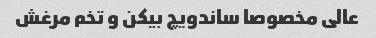
عالی مخصوصا ساندویچ بیکن و تخم مرغش